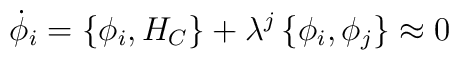
\dot{\phi}_i=\left\{\phi_i,H_C\right\}+\lambda^{j}\left\{\phi_i,\phi_{j}\right\}\approx 0